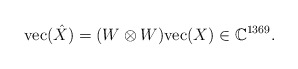
\begin{align*} \mathrm{vec}(\hat{X}) = (W\otimes W)\mathrm{vec}(X) \in \mathbb{C}^{1369}. \end{align*}